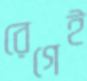
রেগেই